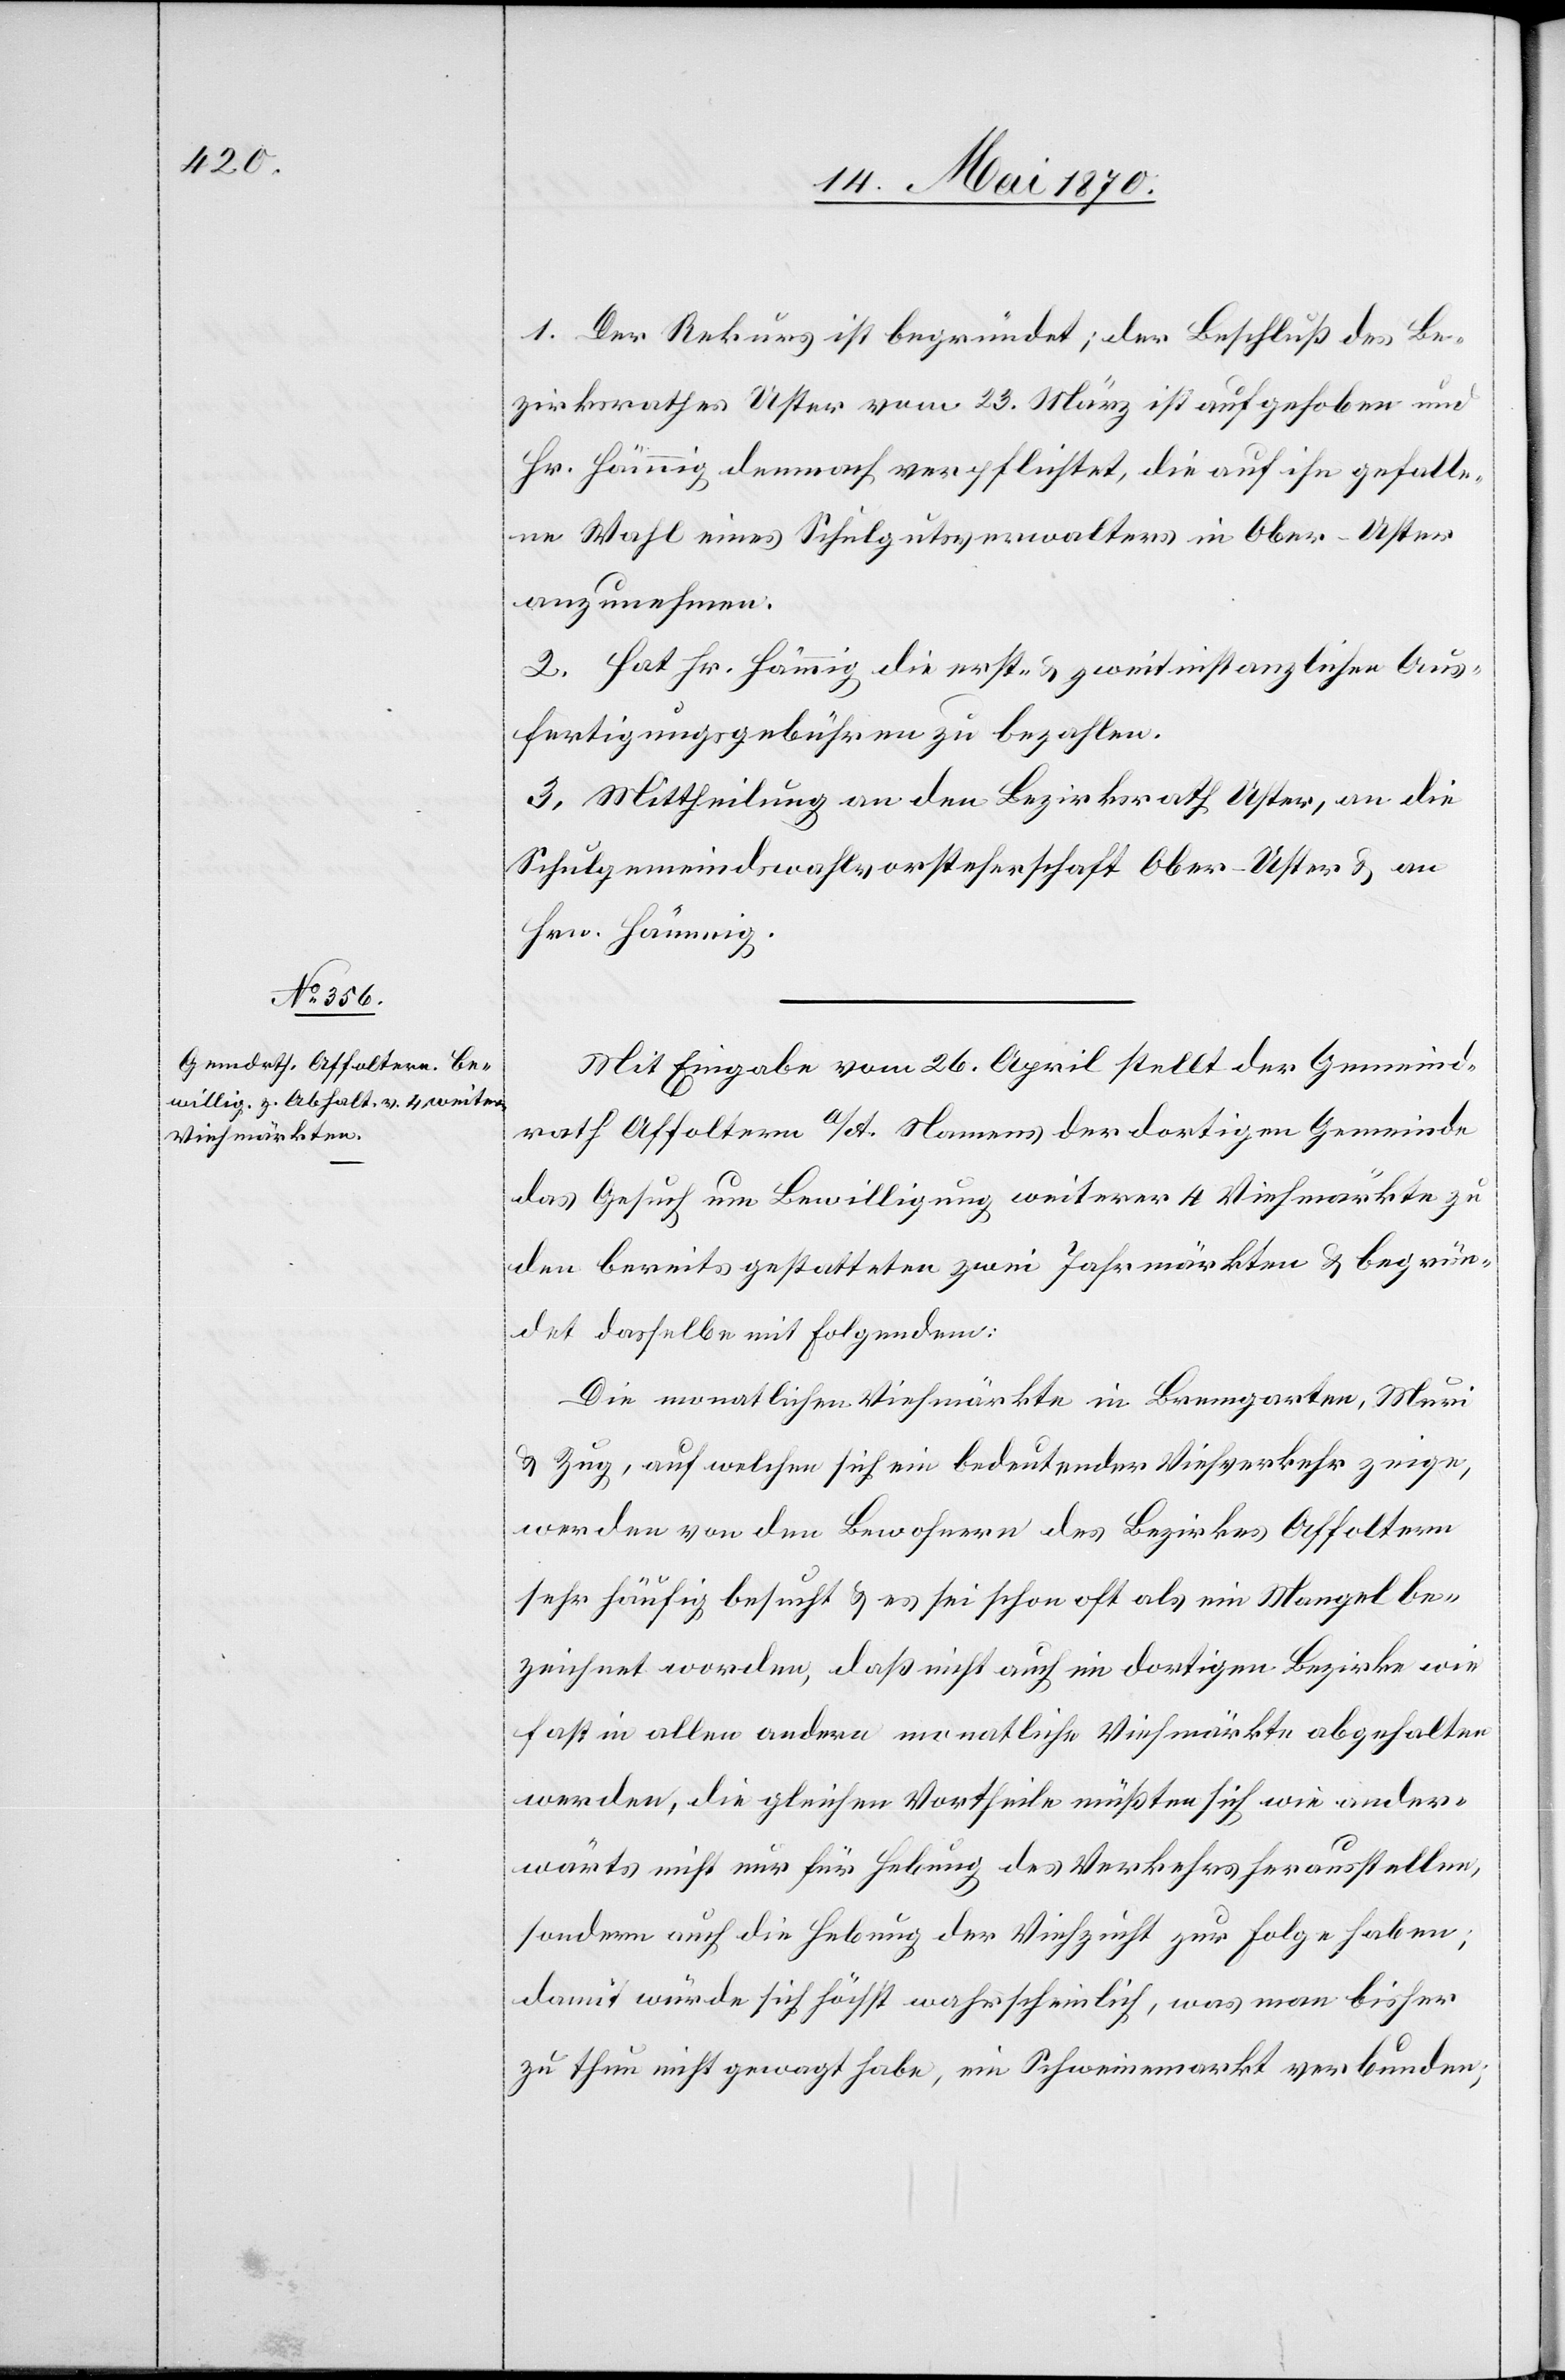
gefalle¬

1. Der Rekurs ist begründet; der Beschluß des Be¬
zirksrath Uster vom 23. März ist aufgehoben und
ne Wahl eines Schulgutsverwalters in Ober-Uster
anzunehmen.
2. Hat Hr. Hämmig die erst- & zweitinstanzlichen Aus¬
fertigungsgebühren zu bezahlen.
3. Mittheilung an den Bezirksrath Uster, an die
Schulgemeindswahlvorsteherschaft Ober-Uster & an
Hrn. Hämmig.
Mit Eingabe vom 26. April stellt der Gemeind¬
rath Affoltern a/A. Namens der dortigen Gemeinde
das Gesuch um Bewilligung weiterer 4 Viehmärkte zu
den bereits gestatteten zwei Jahrmärkten & begrün¬
det dasselbe mit Folgendem:
Die monatlichen Viehmärkte in Bremgarten, Muri
& Zug, auf welchen sich ein bedeutender Viehverkehr zeige,
werden von den Bewohnern des Bezirkes Affoltern
sehr häufig besucht & es sei schon oft als ein Mangel be¬
zeichnet worden, daß nicht auch im dortigen Bezirke wie
fast in allen andern monatliche Viehmärkte abgehalten
werden, die gleichen Vortheile müßten sich wie ander¬
wärts nicht nur für Hebung des Verkehrs herausstellen,
sondern auch die Hebung der Viehzucht zur Folge haben;
damit würde sich höchst wahrscheinlich, was man bisher
zu thun nicht gewagt habe, ein Schweinemarkt verbunden;